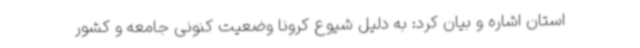
استان اشاره و بیان کرد: به دلیل شیوع کرونا وضعیت کنونی جامعه و کشور